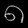
Digit: ၈